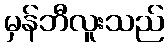
မှန်ဘီလူးသည်